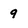
Character: 9